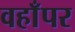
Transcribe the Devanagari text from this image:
वहाँपर